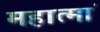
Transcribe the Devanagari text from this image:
महात्मां